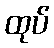
ထုပ်